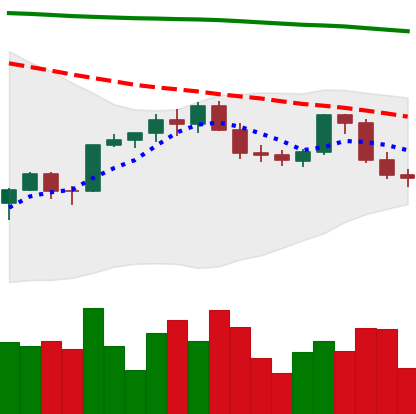
Ticker: ETH-USD
Chart end date: 2022-02-19
Forward return: -5.993%
Label: down_5_7